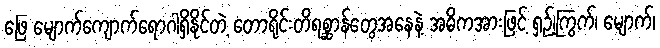
ဖြေ မျောက်ကျောက်ရောဂါရှိနိုင်တဲ့ တောရိုင်းတိရစ္ဆာန်တွေအနေနဲ့ အဓိကအားဖြင့် ရှဉ့်၊ကြွက်၊ မျောက်၊